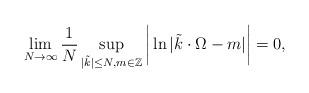
LaTeX: \begin{align*} \lim_{N\to\infty} \frac{1}{N} \sup_{|\tilde{k}| \le N, m \in \mathbb{Z}} \bigg| \ln |\tilde{k}\cdot \Omega-m| \bigg| = 0,\end{align*}